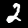
Label: 2